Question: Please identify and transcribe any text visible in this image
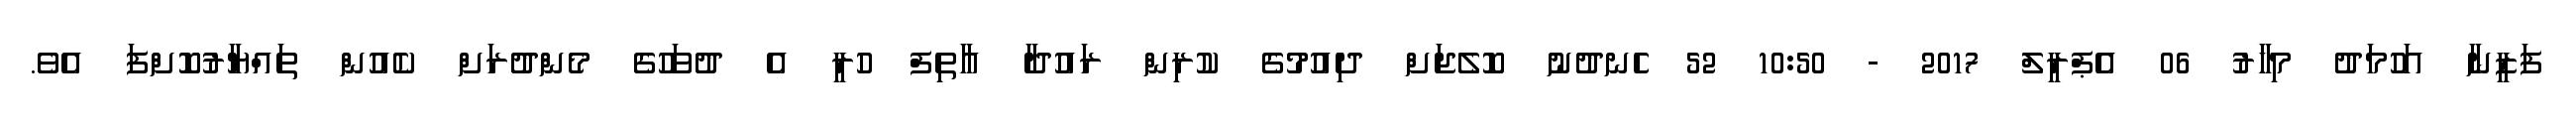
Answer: ފަޒީނާ އަހުމަދު މިހާރު 06 އެޕްރީލް 2017 - 10:50 52 ހެނދުނު ކޮލެޖަށް ދިއުމުގެ ކުރިން ރައުދާ އާތިފް ހުރީ އެ ދުވަހުގެ މެންދުރަށް ކެއުން ތައްޔާރުކޮށްފަ އެވެ.